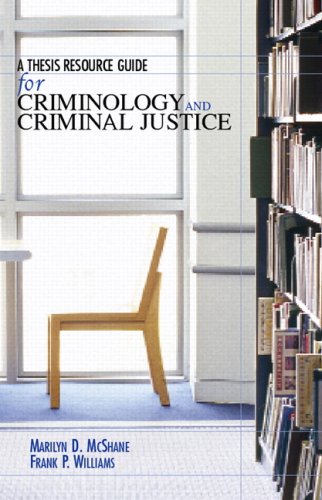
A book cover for A Thesis Resource Guide for Criminology and Criminal Justice; Marilyn D. McShane; Law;